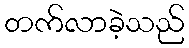
တက်လာခဲ့သည်